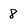
Character: 8